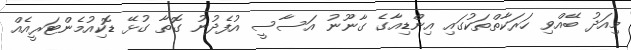
މިއަދު ބޭއްވި ހަރަކާތްތަކުގައި އިންޑިއާގެ ގާނޫނު އަސާސީ އުފެދުނު ގޮތާ ގުޅޭ ޑޮކިއުމެންޓަރީއެއް